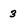
Character: 3